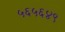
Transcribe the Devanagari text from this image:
५६५६४९